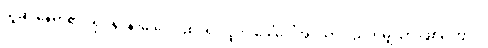
ယူဆ နေရာ၏။ ရုပ်နှင့်နာမ် ပေါင်းစပ်၍ လူဟု ခေါ်ဝေါ်အပ်သာ ပညတ်မျှသာ ဖြစ်ကြောင်း